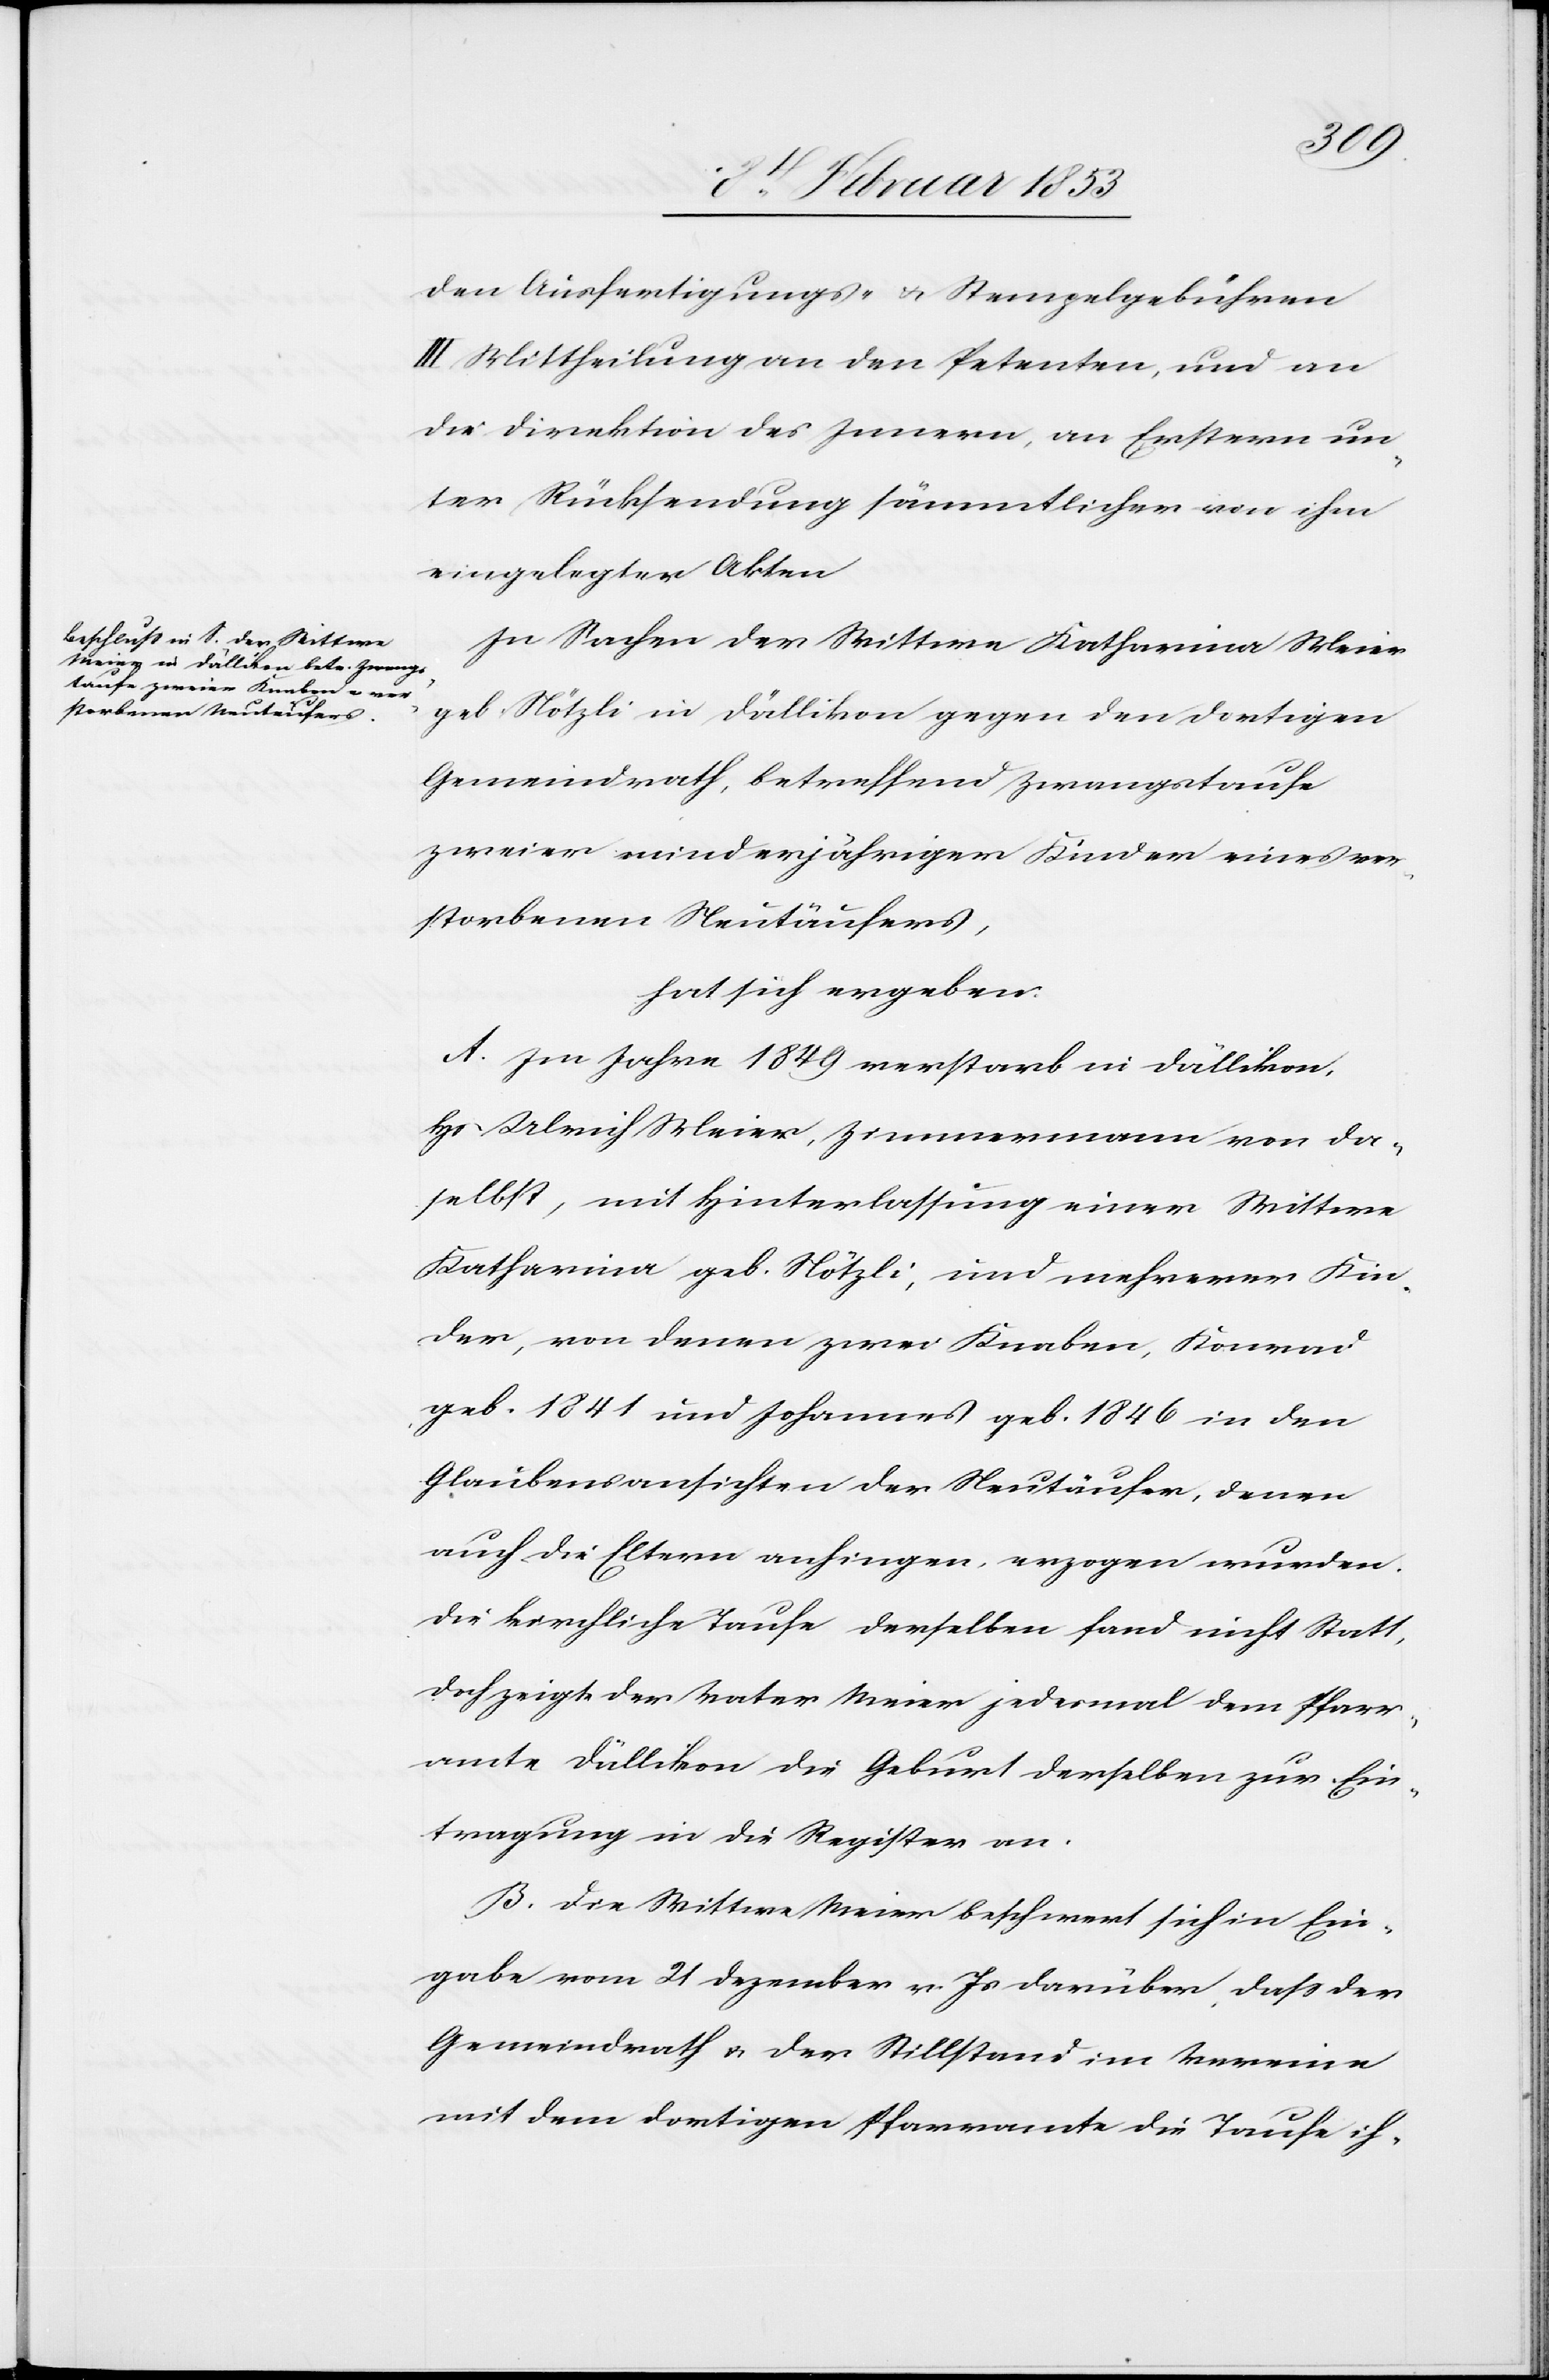
den Ausfertigungs- u. Stempelgebühren
III. Mittheilung an den Petenten, und an
die Direktion des Innern, an Erstern un¬
ter Rücksendung sämmtlicher von ihm
eingelegten Akten.
In Sachen der Wittwe Katharina Meier
geb. Nötzli in Dällikon gegen den dortigen
Gemeindrath, betreffend Zwangstaufe
zweier minderjähriger Kinder eines ver¬
storbenen Neutäufers,
hat sich ergeben:
Im Jahre 1849 verstarb in Dällikon,
Hs. Ulrich Meier, Zimmermann von da¬
selbst, mit Hinterlassung einer Wittwe
Katharina geb. Nötzli, und mehrerer Kin¬
der, von denen zwei Knaben, Konrad
geb. 1841 und Johannes geb. 1846. in den
Glaubensansichten der Neutäufer, denen
auch die Eltern anhingen, erzogen wurden.
Die kirchliche Taufe derselben fand nicht Statt,
doch zeigte der Vater Meier jedesmal dem Pfarr¬
amte Dällikon die Geburt derselben zur Ein¬
tragung in die Register an.
Die Wittwe Meier beschwert sich in Ein¬
gabe vom 21 Dezember v. Js. darüber daß der
Gemeindrath u. der Stillstand im Vereine
mit dem dortigen Pfarramte die Taufe ih-